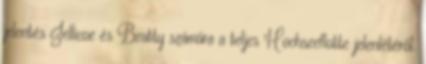
jelentés Jellicoe és Beatty számára a teljes Hochseeflotte jelenlétéről.